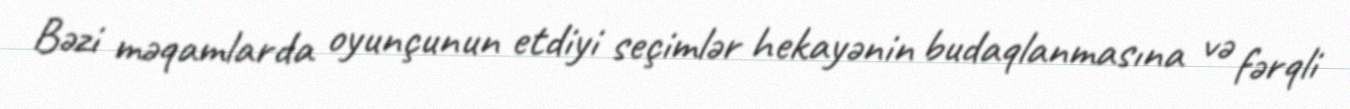
Bəzi məqamlarda oyunçunun etdiyi seçimlər hekayənin budaqlanmasına və fərqli